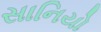
સાનિયો